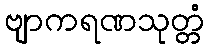
ဗျာကရဏသုတ္တံ